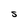
Character: S